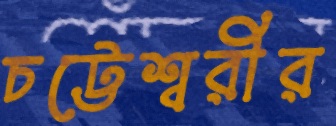
চট্টেশ্বরীর